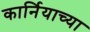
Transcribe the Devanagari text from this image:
कार्नियाच्या